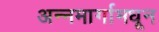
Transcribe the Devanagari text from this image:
अन्नमार्गामधून